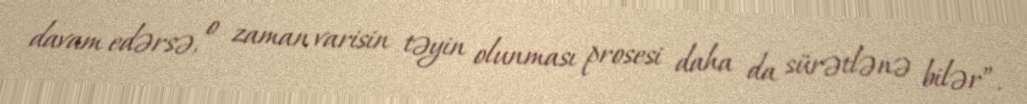
davam edərsə, o zaman varisin təyin olunması prosesi daha da sürətlənə bilər”.